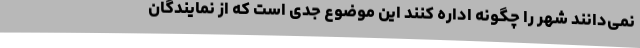
نمی‌دانند شهر را چگونه اداره کنند این موضوع جدی است که از نمایندگان